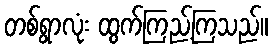
တစ်ရွာလုံး ထွက်ကြည့်ကြသည်။